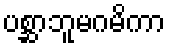
ပစ္ဆာဘူမဂမိကာ